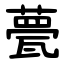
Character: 甍